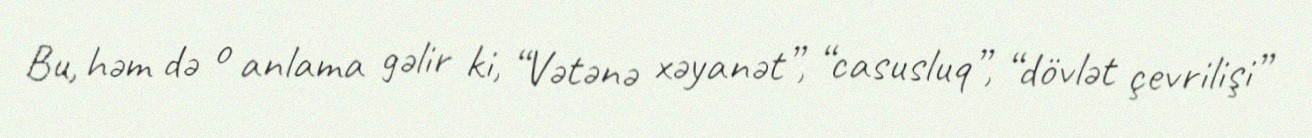
Bu, həm də o anlama gəlir ki, “Vətənə xəyanət”, “casusluq”, “dövlət çevrilişi”